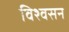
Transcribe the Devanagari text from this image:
विश्वसन